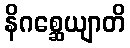
နိဂစ္ဆေယျာတိ